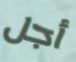
أجل